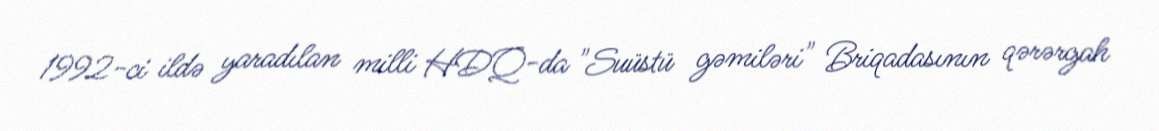
1992-ci ildə yaradılan milli HDQ-da "Suüstü gəmiləri" Briqadasının qərərgah